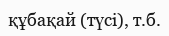
құбақай (түсі), т.б.